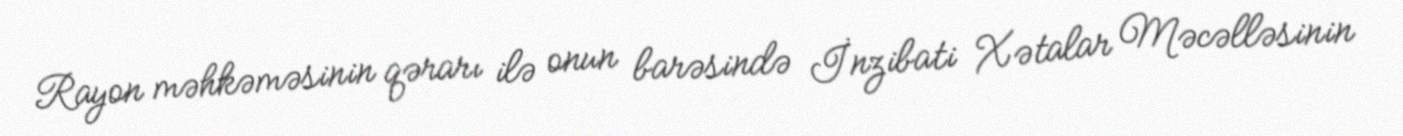
Rayon məhkəməsinin qərarı ilə onun barəsində İnzibati Xətalar Məcəlləsinin